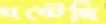
ঘষ্‌টেছি